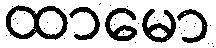
ထာမော